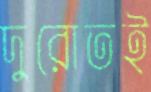
দুরোতই